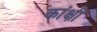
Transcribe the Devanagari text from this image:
कांक्षी